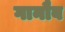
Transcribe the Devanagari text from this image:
गानौब